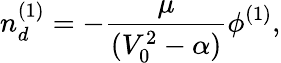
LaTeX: n_{d}^{(1)}=-\frac{\mu}{(V_{0}^{2}-\alpha)}\phi^{(1)},